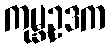
ကုမ္ဘဥဒက